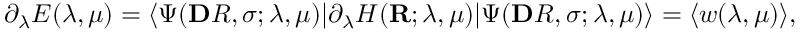
\partial _ { \lambda } E ( \lambda , \mu ) = \ensuremath { \langle \Psi ( \mathbf Ḋ R Ḍ , \pmb Ḋ \sigma Ḍ ; \lambda , \mu ) \vert } \partial _ { \lambda } H ( \mathbf { R } ; \lambda , \mu ) \ensuremath { \vert \Psi ( \mathbf Ḋ R Ḍ , \pmb Ḋ \sigma Ḍ ; \lambda , \mu ) \rangle } = \langle \mathpalette { w } ( \lambda , \mu ) \rangle ,